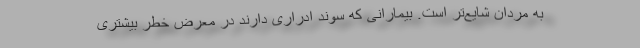
به مردان شایع‌تر است. بیمارانی که سوند ادراری دارند در معرض خطر بیشتری